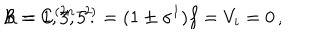
{ \cal B } = C ^ { ( 2 n - 2 ) } = ( 1 \pm \sigma ^ { 1 } ) f = V _ { i } = 0 \, , \hspace { 1 c m } n = 1 , 3 , 5 \, .